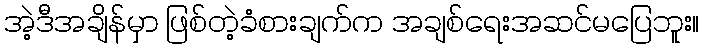
အဲ့ဒီအချိန်မှာ ဖြစ်တဲ့ခံစားချက်က အချစ်ရေးအဆင်မပြေဘူး။